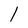
Character: l